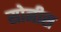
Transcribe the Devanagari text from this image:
सोनीस